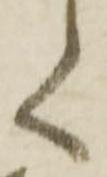
く